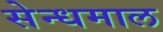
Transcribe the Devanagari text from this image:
सेन्धमाल